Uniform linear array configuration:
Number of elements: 32
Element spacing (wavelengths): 0.75
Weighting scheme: exponential
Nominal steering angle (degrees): -15
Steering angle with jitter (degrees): -14.9
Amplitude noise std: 0.05
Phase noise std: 0.05

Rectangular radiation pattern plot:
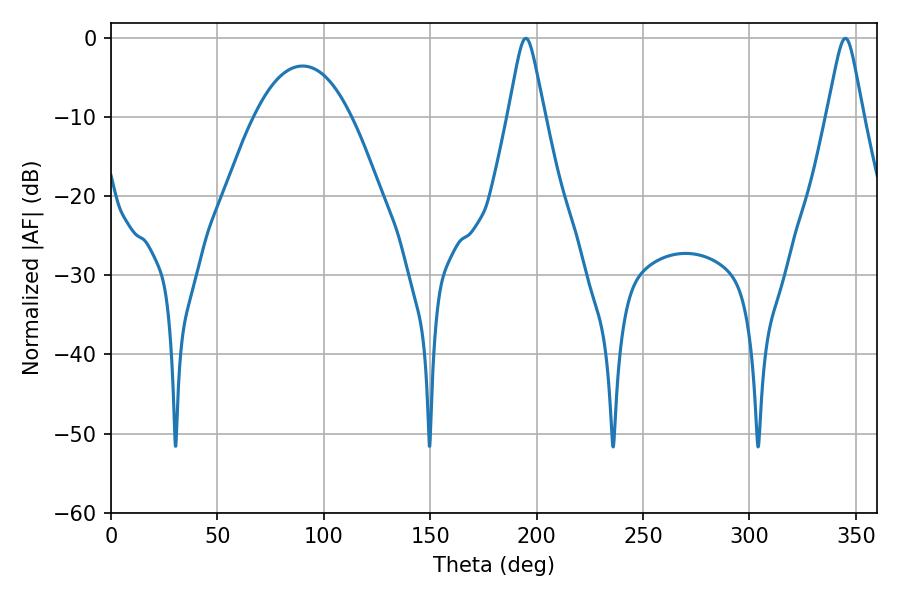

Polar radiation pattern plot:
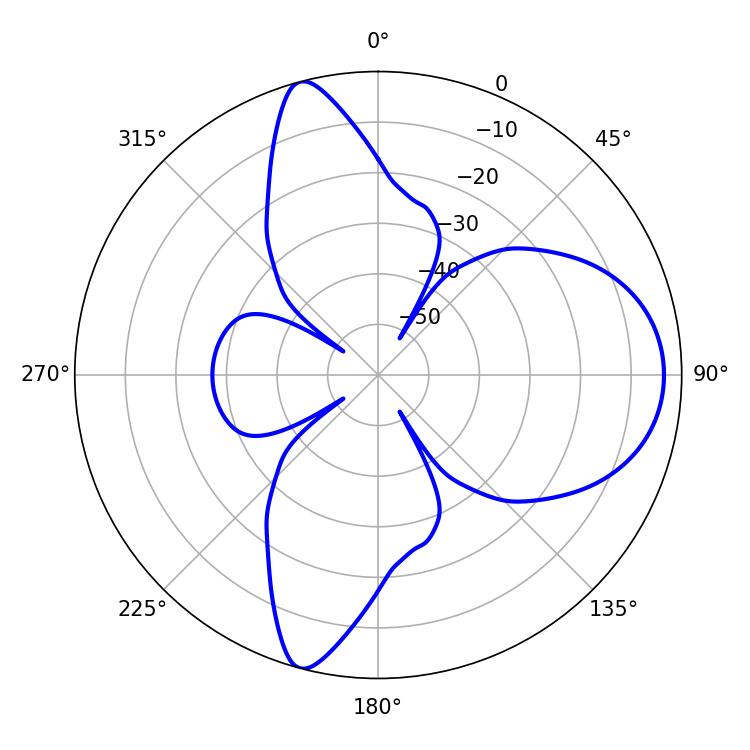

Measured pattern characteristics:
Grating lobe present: TRUE
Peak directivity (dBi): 10.792
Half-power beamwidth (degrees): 7.92
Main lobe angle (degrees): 194.94